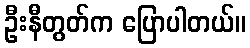
ဦးနီတွတ်က ပြောပါတယ်။